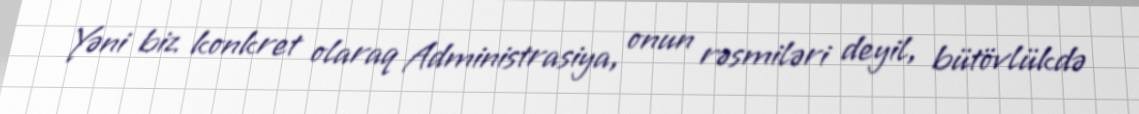
Yəni biz konkret olaraq Administrasiya, onun rəsmiləri deyil, bütövlükdə